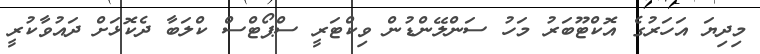
މިދިޔަ އަހަރުގެ އޮކްޓޫބަރު މަހު ސަންލޭންޑުން ވިކްޓަރީ ސްޕޯޓްސް ކްލަބާ ދެކޮޅަށް ދައުވާކުރީ